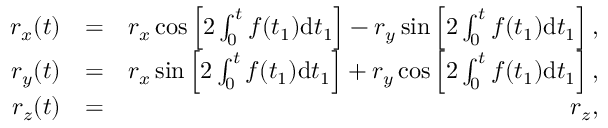
\begin{array} { r l r } { r _ { x } ( t ) } & { = } & { r _ { x } \cos \left[ 2 \int _ { 0 } ^ { t } f ( t _ { 1 } ) \mathrm { d } t _ { 1 } \right] - r _ { y } \sin \left[ 2 \int _ { 0 } ^ { t } f ( t _ { 1 } ) \mathrm { d } t _ { 1 } \right] , } \\ { r _ { y } ( t ) } & { = } & { r _ { x } \sin \left[ 2 \int _ { 0 } ^ { t } f ( t _ { 1 } ) \mathrm { d } t _ { 1 } \right] + r _ { y } \cos \left[ 2 \int _ { 0 } ^ { t } f ( t _ { 1 } ) \mathrm { d } t _ { 1 } \right] , } \\ { r _ { z } ( t ) } & { = } & { r _ { z } , } \end{array}